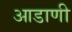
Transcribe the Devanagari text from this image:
आडाणी